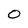
Character: O